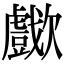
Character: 𣤴